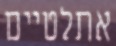
אתלטיים